Vaccination United Provinces of Agra and Oudh 1902-1913 - 1902-1913
Year: 1902
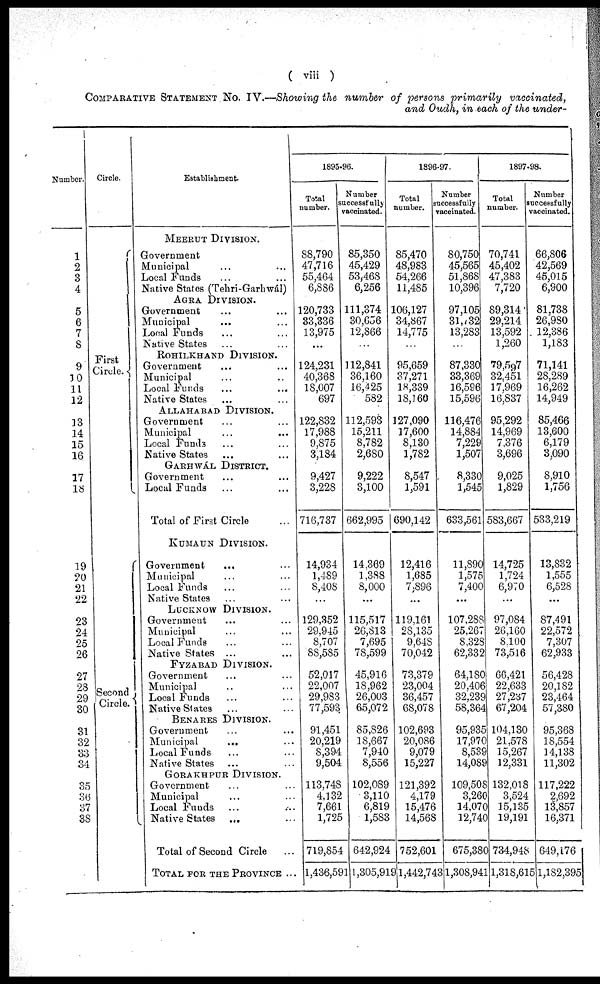
( viii )
COMPARATIVE STATEMENT No. IV.—Showing the number of persons primarily
vaccinated,
and Oudh, in each of the under-
Number.
1
2
3
4
5
6
7
8
9
10
11
12
13
14
15
16
17
18
19
20
21
22
23
24
25
26
27
28
29
30
31
32
33
34
35
36
37
38
Circle.
First
Circle.
Second
Circle.
Establishment
MEERUT DIVISION.
Government ...
Municipal ...
Local Funds ...
Native States (Tehri-Garhwál)
AGRA DIVISION.
Government ...
Municipal ...
Local Funds ...
Native States
...
ROHILKHAND DIVISION.
Government ...
Municipal ...
Local Funds ...
Native States ...
ALLAHABAD DIVISION.
Government ...
Municipal ...
Local Funds
...
Native States
...
GARHWÁL DISTRICT.
Government ...
Local Funds ...
Total of First Circle ...
KUMAUN DIVISION.
Government ...
Municipal ...
Local Funds ...
Native States ...
LUCKNOW DIVISION.
Government
...
Municipal ...
Local Funds ...
Native States ...
FYZABAD DIVISION.
Government ...
Municipal ...
Local Funds ...
Native States ...
BENARES DIVISION.
Government ...
Municipal ...
Local Funds ...
Native States ...
GORAKHPUR DIVISION.
Government ...
Municipal ...
Local Funds ...
Native States
...
Total of Second Circle ...
TOTAL FOR THE PROVINCE ...
1895.96.
Total
number.
88,790
47,716
55,464
6,886
120,733
33,336
13,975
...
124,231
40,368
18,007
697
122,832
17,988
9,875
3,184
9,427
3,228
716,737
14,934
1,489
8,408
129,352
29,945
8,707
88,585
52,017
22,007
29,983
77,593
91,451
20,219
8,394
9,504
113,748
4,132
7,661
1,725
719,854
1,436,591
Number
successfully
vaccinated.
85,350
45,429
53,468
6,256
111,374
30,656
12,866
...
112,841
36,160
16,425
582
112,593
15,211
8,782
2,680
9,222
3,100
662,995
14,369
1,388
8,000
115,517
26,813
7,695
78,599
45,916
18,962
26,003
65,072
85,826
18,667
7,940
8,556
102,089
3,110
6,819
1,583
642,924
1,305,919
1896-97.
Total
number.
85,470
48,983
54,266
11,485
106,127
34,867
14,775
...
95,659
37,271
18,339
18,160
127,090
17,600
8,130
1,782
8,547
1,591
690,142
12,416
1,685
7,896
119,161
28,135
9,648
70,042
73,379
23,004
36,457
68,078
102,693
20,086
9,079
15,227
121,392
4,179
15,476
14,568
752,601
91,442,743
Number
successfully
vaccinated.
80,750
45,565
51,868
10,396
97,105
31,732
13,283
...
87,330
33,369
16,596
15,596
116,476
14,884
7,229
1,507
8,330
1,545
633,561
11,890
1,575
7,400
107,288
25,267
8,328
62,332
64,180
20,406
32,239
58,364
95,935
17,970
8,539
14,089
109,508
3,260
14,070
12,740
675,380
1,308,941
1897.98.
Total
number.
70,741
45,402
47,383
7,720
89,314
29,214
13,592
1,260
79,597
32,451
17,969
16,837
95,292
14,969
7,376
3,696
9,025
1,829
583,667
14,725
1,724
6,970
97,084
26,160
8,100
73,516
66,421
22,633
27,237
67,204
104,130
21,578
15,267
12,331
132,018
3,524
15,135
19,191
734,948
1,318,615
Number
successfully
vaccinated.
66,806
42,569
45,015
6,900
81,738
26,980
12,386
1,183
71,141
28,289
16,262
14,949
85,466
13,600
6,179
3,090
8,910
1,756
533,219
13,832
1,555
6,528
87,491
22,572
7,307
62,933
56,428
20,182
23,464
57,380
95,368
18,554
14,138
11,302
117,222
2,692
13,857
16,371
649,176
1,182,395